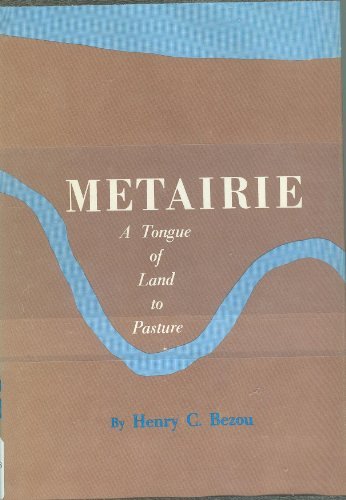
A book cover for Metairie: A Tongue of Land to Pasture; Henry C. Bezou; Travel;